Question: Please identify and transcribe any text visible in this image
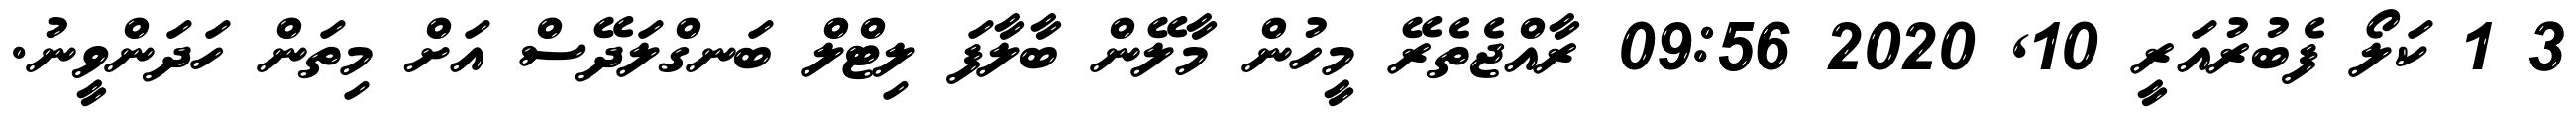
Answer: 3 1 ކަލޯ ފެބުރުއަރީ 10, 2020 09:56 ރާއްޖެތެރޭ މީހުން މާލޭން ބާލާފަ ލިޓްލް ބަނގްލަދޭސް އަށް މިތަން ހަދަންވީނު.